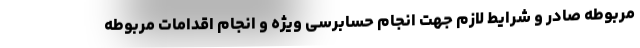
مربوطه صادر و شرایط لازم جهت انجام حسابرسی ویژه و انجام اقدامات مربوطه